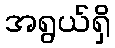
အရွယ်ရှိ